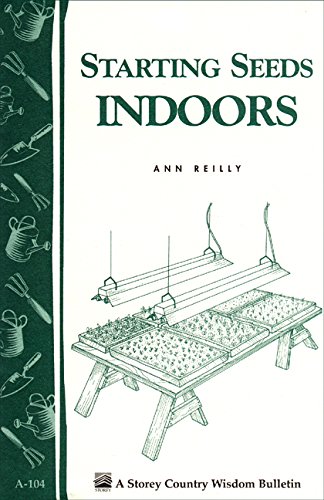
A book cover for Starting Seeds Indoors: Storey's Country Wisdom Bulletin  A-104; Ann Reilly; Crafts, Hobbies & Home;